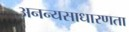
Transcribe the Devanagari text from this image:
अनन्यसाधारणता